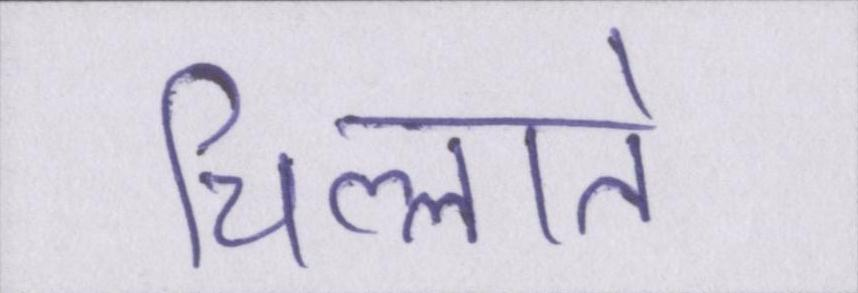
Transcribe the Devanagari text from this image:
चिल्लाते